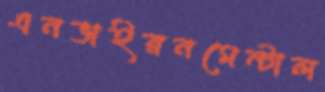
এনভাইরনমেন্টাল